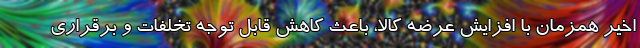
اخیر همزمان با افزایش عرضه کالا، باعث کاهش قابل توجه تخلفات و برقراری